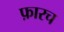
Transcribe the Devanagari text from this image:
फ़ारच